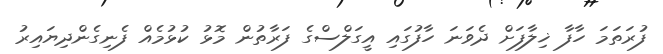
ފުރަތަމަ ހާފާ ޚިލާފަށް ދެވަނަ ހާފުގައި އީގަލްސްގެ ފަރާތުން މޮޅު ކުޅުމެއް ފެނިގެންދިޔައިރު